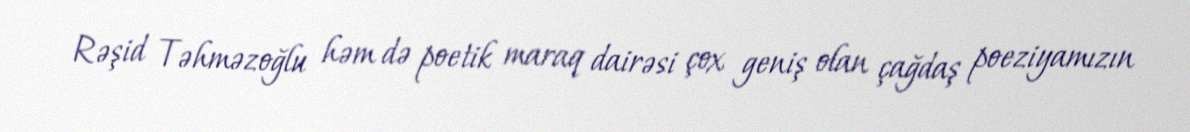
Rəşid Təhməzoğlu həm də poetik maraq dairəsi çox geniş olan çağdaş poeziyamızın